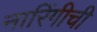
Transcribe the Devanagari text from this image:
नारिंगीची